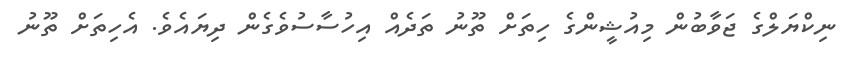
ނިކްޔަލްގެ ޖަވާބުން މިއުޝީންގެ ހިތަށް ތޫނު ތަދެއް އިހުސާސުވެގެން ދިޔައެވެ. އެހިތަށް ތޫނު